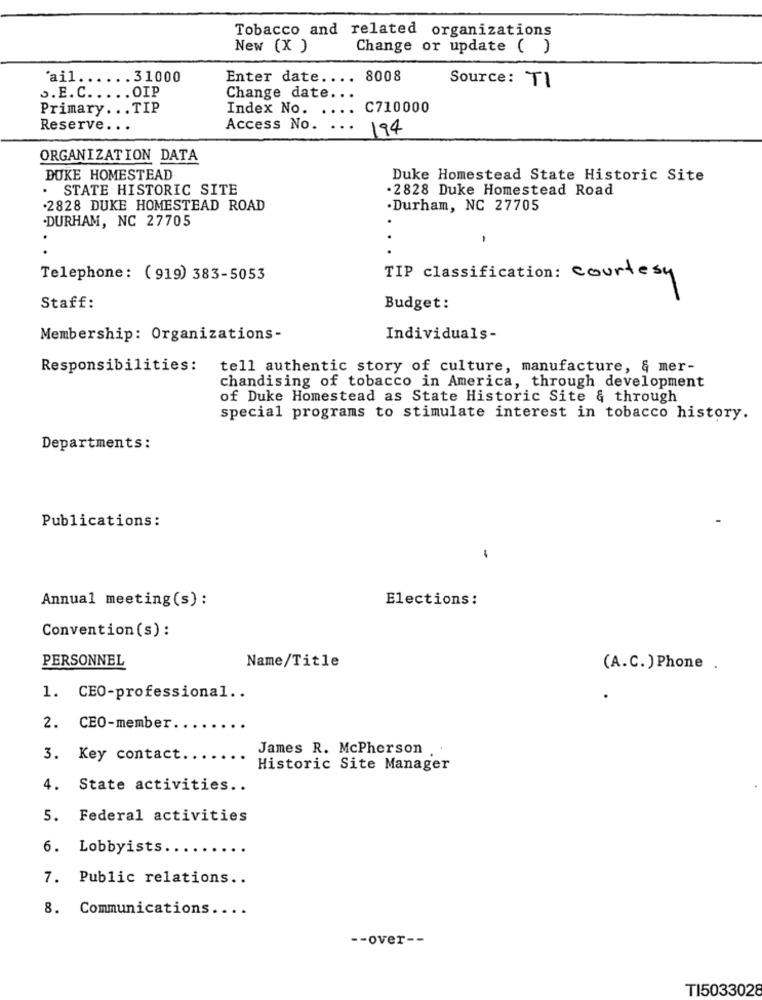
Tobacco and related organizations
New (X )
Change or update ( )
'ail ...
.. 31000
Enter date ....
8008
Source: TI
.. E. C. .. .. OIP
Change date ..
Primary ... TIP
Index No.
C710000
Reserve ...
Access No.
...
194
ORGANIZATION DATA
DUKE HOMESTEAD
Duke Homestead State Historic Site
. STATE HISTORIC SITE
.2828 Duke Homestead Road
.2828 DUKE HOMESTEAD ROAD
.Durham, NC 27705
.DURHAM, NC 27705
-
Telephone: (919) 383-5053
TIP classification: courtesy
Staff:
Budget:
Membership: Organizations-
Individuals-
Responsibilities:
tell authentic story of culture, manufacture, & mer-
chandising of tobacco in America, through development
of Duke Homestead as State Historic Site & through
special programs to stimulate interest in tobacco history.
Departments:
Publications:
Annual meeting(s) :
Elections:
Convention (s) :
PERSONNEL
Name/Title
(A.C.) Phone .
1. CEO-professional ..
2. CEO-member.
James R. McPherson
3. Key contact.
Historic Site Manager
4. State activities ..
5. Federal activities
6. Lobbyists.
7. Public relations ..
8. Communications ....
-- over --
TI5033028